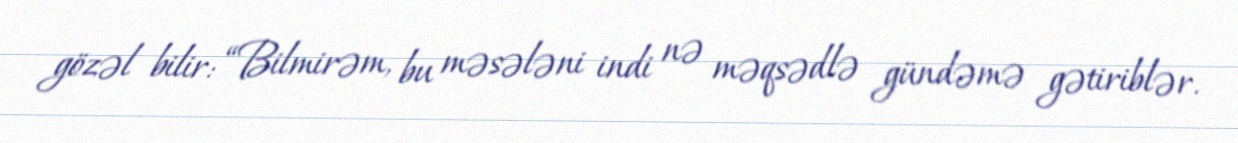
gözəl bilir: “Bilmirəm, bu məsələni indi nə məqsədlə gündəmə gətiriblər.